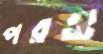
পরও